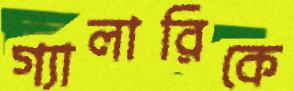
গ্যালারিকে